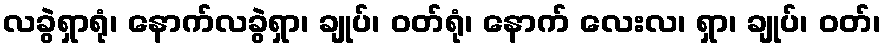
လခွဲရှာရုံ၊ နောက်လခွဲရှာ၊ ချုပ်၊ ဝတ်ရုံ၊ နောက် လေးလ၊ ရှာ၊ ချုပ်၊ ဝတ်၊